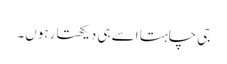
جی چاہتا اسے ہی دیکھتا رہوں۔